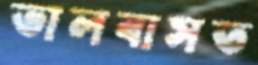
ভালবাসত